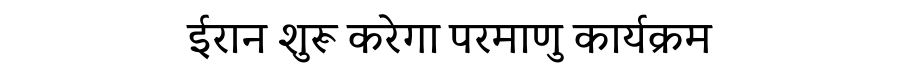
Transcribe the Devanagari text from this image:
ईरान शुरू करेगा परमाणु कार्यक्रम